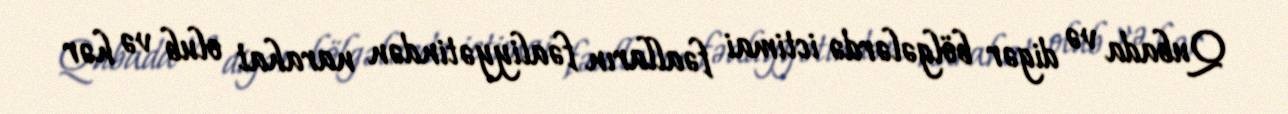
Qubada və digər bölgələrdə ictimai fəalların fəaliyyətindən narahat olub və hər